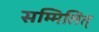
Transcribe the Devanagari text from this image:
सम्मिलित्